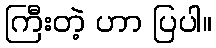
ကြီးတဲ့ ဟာ ပြပါ။